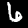
Digit: 6